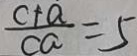
\frac { c + a } { c a } = 5